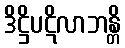
ဒိဋ္ဌိပဋိလာဘန္တိ